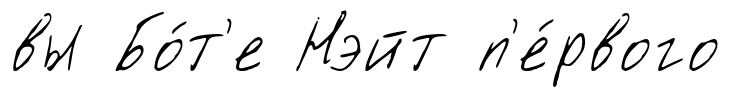
вы Бо́т'е Нэйт п'е́рвого